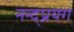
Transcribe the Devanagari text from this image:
नन्द्प्रयग